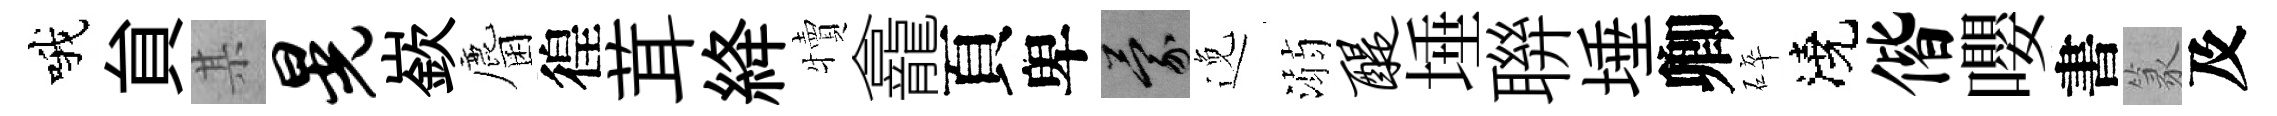
哦貟某晃嶔麕徨茸絳犢龕頁卑蒙𨓜溺醍埵聨埵卿碎澆偕嚶書篆及